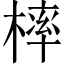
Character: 𣘚